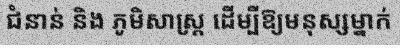
ជំនាន់ និង ភូមិសាស្ត្រ ដើម្បីឱ្យមនុស្សម្នាក់